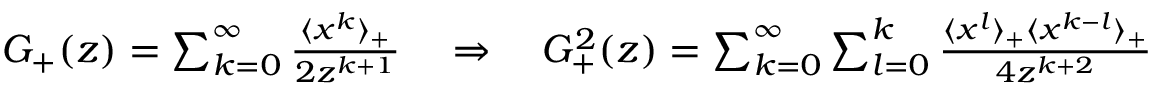
\begin{array} { r l r } & { } & { G _ { + } ( z ) = \sum _ { k = 0 } ^ { \infty } \frac { \langle x ^ { k } \rangle _ { + } } { 2 z ^ { k + 1 } } \quad \Rightarrow \quad G _ { + } ^ { 2 } ( z ) = \sum _ { k = 0 } ^ { \infty } \sum _ { l = 0 } ^ { k } \frac { \langle x ^ { l } \rangle _ { + } \langle x ^ { k - l } \rangle _ { + } } { 4 z ^ { k + 2 } } } \end{array}